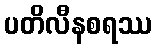
ပတိလီနစရဿ